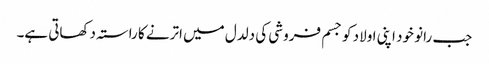
جب رانو خود اپنی اولاد کو جسم فروشی کی دلدل میں اترنے کا راستہ دکھاتی ہے۔